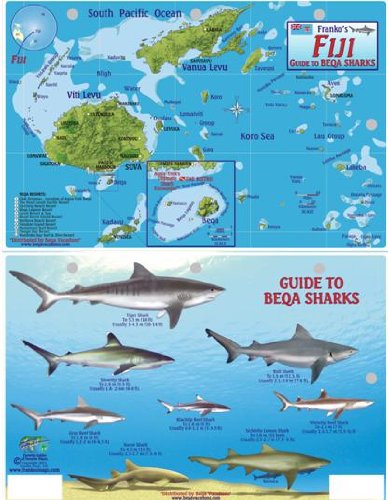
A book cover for Fiji Map & Guide to Beqa Sharks Franko Maps Laminated Fish Card; Franko Maps Ltd.; Travel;